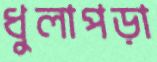
ধুলাপড়া